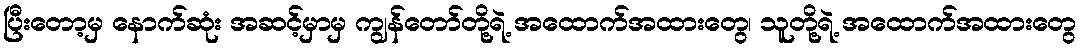
ပြီးတော့မှ နောက်ဆုံး အဆင့်မှာမှ ကျွန်တော်တို့ရဲ့ အထောက်အထားတွေ၊ သူတို့ရဲ့ အထောက်အထားတွေ